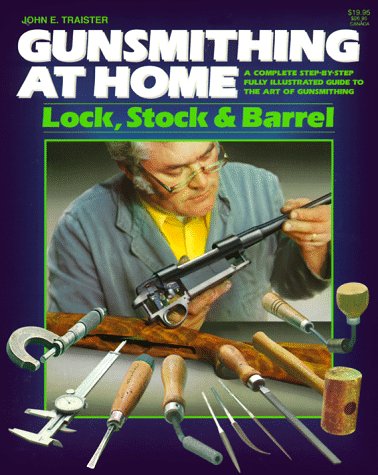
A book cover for Gunsmithing at Home: Lock, Stock & Barrel- A Complete Step-by-Step Fully Illustrated Guide to the Art of Gunsmithing, 2nd Edition; John Traister; Crafts, Hobbies & Home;